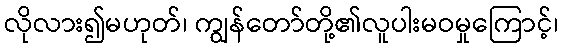
လိုလား၍မဟုတ်၊ ကျွန်တော်တို့၏လူပါးမဝမှုကြောင့်၊